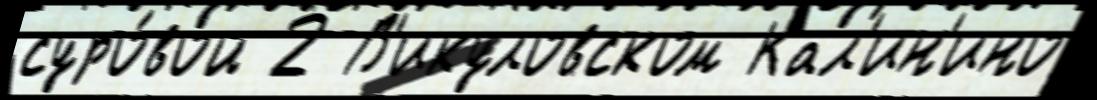
суро́вой 2 В'икуловском Кал'ин'ино